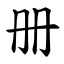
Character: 册